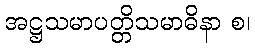
အဋ္ဌသမာပတ္တိသမာဓိနာ စ၊